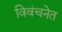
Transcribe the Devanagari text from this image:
विवंचनेत